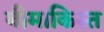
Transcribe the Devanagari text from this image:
बीमाकिस्त